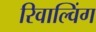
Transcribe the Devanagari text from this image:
रिवाल्विंग